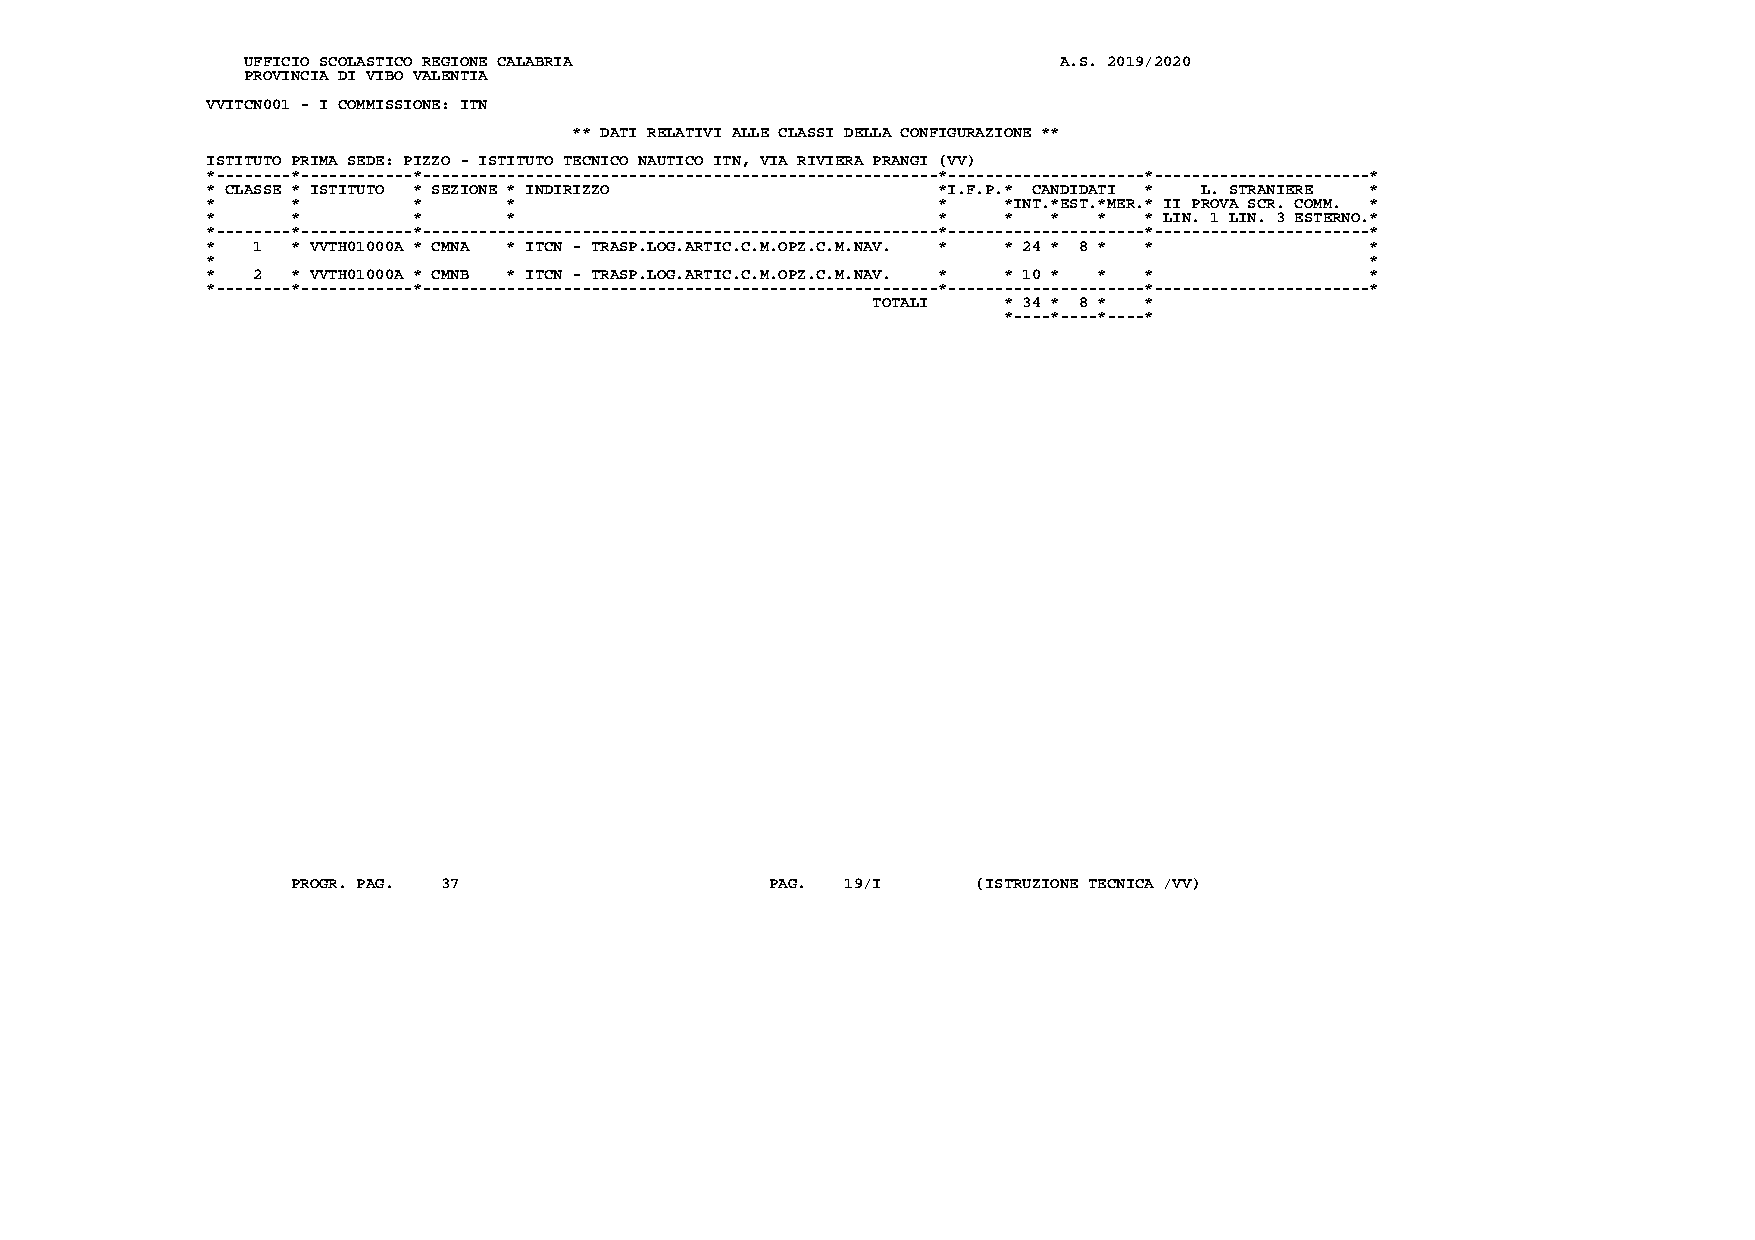
UFFICIO SCOLASTICO REGIONE CALABRIA                   A.S. 2019/2020
 PROVINCIA DI VIBO VALENTIA
 VVITCN001 - I COMMISSIONE: ITN
 ** DATI RELATIVI ALLE CLASSI DELLA CONFIGURAZIONE **
 ISTITUTO PRIMA SEDE: PIZZO - ISTITUTO TECNICO NAUTICO ITN, VIA RIVIERA PRANGI (VV)
 *--------*------------*-------------------------------------------------------*---------------------*-----------------------*
 * CLASSE * ISTITUTO * SEZIONE * INDIRIZZO       *I.F.P.* CANDIDATI * L. STRANIERE *
 *    *       *      *                           *   *INT.*EST.*MER.* II PROVA SCR. COMM. *
 *    *       *      *                           *   *   *  *  * LIN. 1 LIN. 3 ESTERNO.*
 *--------*------------*-------------------------------------------------------*---------------------*-----------------------*
 *  1 * VVTH01000A * CMNA * ITCN - TRASP.LOG.ARTIC.C.M.OPZ.C.M.NAV. * * 24 * 8 * * *
 *                                                                            *
 *  2 * VVTH01000A * CMNB * ITCN - TRASP.LOG.ARTIC.C.M.OPZ.C.M.NAV. * * 10 * * * *
 *--------*------------*-------------------------------------------------------*---------------------*-----------------------*
 TOTALI  * 34 * 8 * *
 *----*----*----*
 PROGR. PAG. 37                  PAG. 19/I     (ISTRUZIONE TECNICA /VV)